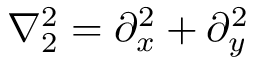
\nabla _ { 2 } ^ { 2 } = \partial _ { x } ^ { 2 } + \partial _ { y } ^ { 2 }